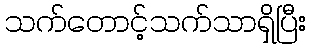
သက်တောင့်သက်သာရှိပြီး